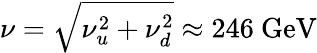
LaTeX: \nu=\sqrt{\nu_{u}^{2}+\nu_{d}^{2}}\approx 246\ \mathrm{GeV}